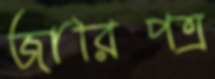
জারিপত্র